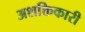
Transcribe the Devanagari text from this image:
अशक्तिकारी